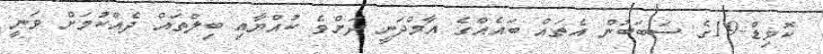
ކޮވިޑް-19ގެ ސަބަބުން އެތައް ބައެއްގެ އާމްދަނީ ދަށްވެ ކުއްޔާއި ބިލްތައް ދެއްކުމަށް ވަނީ